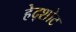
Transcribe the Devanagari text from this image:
हेद्शोट